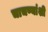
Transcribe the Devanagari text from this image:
चाचण्यांशी